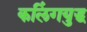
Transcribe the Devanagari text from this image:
कलिंगयुद्ध